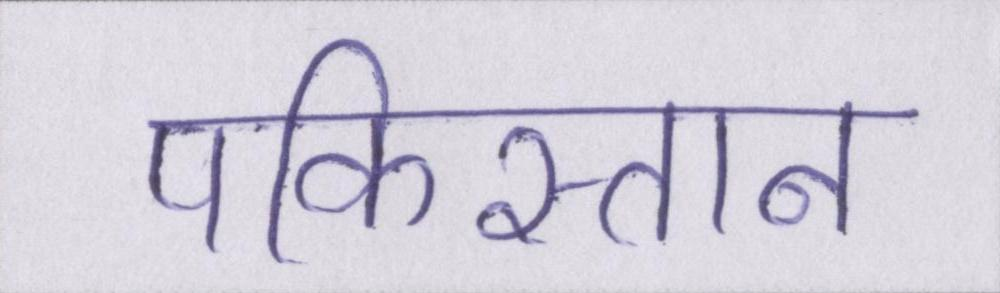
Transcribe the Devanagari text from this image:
पकिस्तान